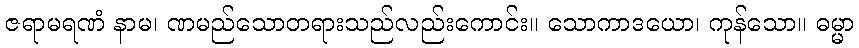
ဇရာမရဏံ နာမ၊ ဏမည်သောတရားသည်လည်းကောင်း။ သောကာဒယော၊ ကုန်သော။ ဓမ္မာ